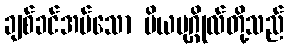
ချစ်ခင်အပ်သော ပိယပုဂ္ဂိုလ်တို့သည်